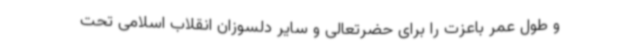
و طول عمر باعزت را برای حضرتعالی و سایر دلسوزان انقلاب اسلامی تحت